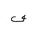
Letter: _fa